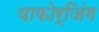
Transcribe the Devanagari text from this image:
याफोर्जिंग